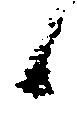
々